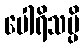
ပေါရိသမ္ပိ